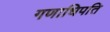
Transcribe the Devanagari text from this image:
गणाधिपति